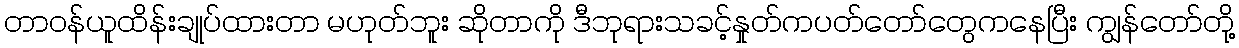
တာဝန်ယူထိန်းချုပ်ထားတာ မဟုတ်ဘူး ဆိုတာကို ဒီဘုရားသခင့်နှုတ်ကပတ်တော်တွေကနေပြီး ကျွန်တော်တို့